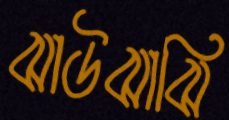
ঝাউঝাঝি